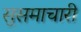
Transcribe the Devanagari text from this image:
सुसमाचारी